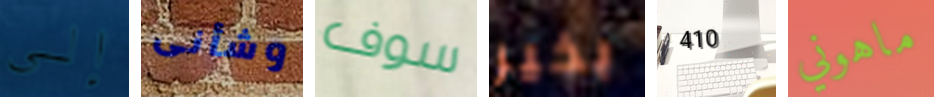
إلى وشأنى سوف بخير 410 ماهوني